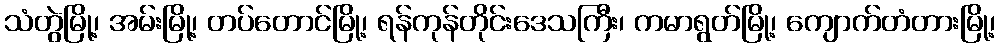
သံတွဲမြို့၊ အမ်းမြို့၊ တပ်တောင်မြို့၊ ရန်ကုန်တိုင်းဒေသကြီး၊ ကမာရွတ်မြို့၊ ကျောက်တံတားမြို့၊